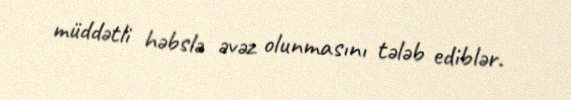
müddətli həbslə əvəz olunmasını tələb ediblər.